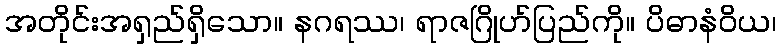
အတိုင်းအရှည်ရှိသော။ နဂရဿ၊ ရာဇဂြိုဟ်ပြည်ကို။ ပိဓာနံဝိယ၊